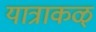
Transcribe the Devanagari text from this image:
यात्राकळ्